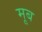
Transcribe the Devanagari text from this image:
मूब